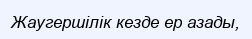
Жаугершілік кезде ер азады,